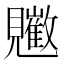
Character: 𧢠